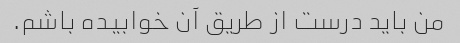
من باید درست از طریق آن خوابیده باشم.